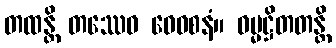
တထန္တိ တဿေဝ ဝေဝစနံ။ ဓမ္မဋ္ဌိတတန္တိ